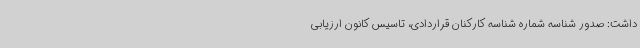
داشت: صدور شناسه شماره شناسه کارکنان قراردادی، تاسیس کانون ارزیابی